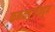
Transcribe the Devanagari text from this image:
कनकदुर्गाकडून